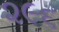
૨૯૬